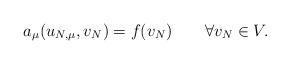
LaTeX: \begin{align*}a_\mu(u_{N, \mu}, v_N) = f(v_N) \qquad\forall v_N\in V.\end{align*}